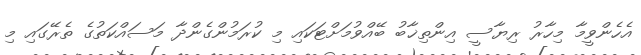
އެހެންވީމާ މިހާރު ރިޔާސީ އިންތިޚާބު ބޭއްވުމަށްޓަކައި މި ކުރަމުންގެންދާ މަސައްކަތުގެ ތެރޭގައި މި